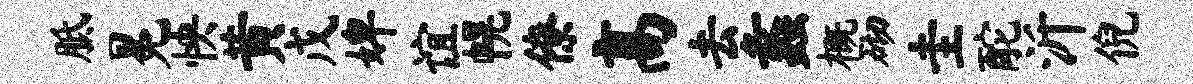
胝冕怏黄戊婢谊幌僚高去蠡概砌圭酡沂倪